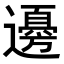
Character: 𮟚